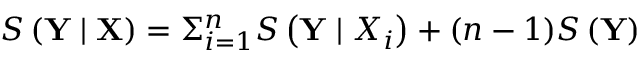
S \left( \mathbf { Y } \mid \mathbf { X } \right) = \Sigma _ { i = 1 } ^ { n } S \left( \mathbf { Y } \mid X _ { i } \right) + ( n - 1 ) S \left( \mathbf { Y } \right)